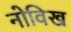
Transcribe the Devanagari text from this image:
नोविख